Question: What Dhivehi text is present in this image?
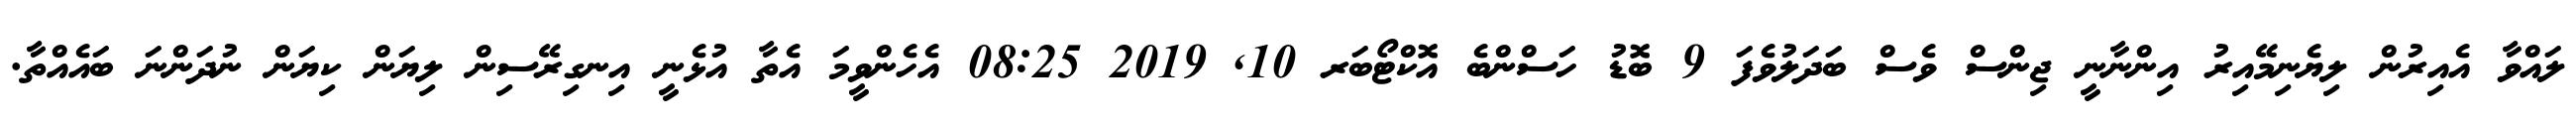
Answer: ލައްވާ އެއިރުން ލިޔެނިމޭއިރު އިންނާނީ ޖިންސް ވެސް ބަދަލުވެފަ 9 ބޮޑު ހަސްންބެ އޮކްޓޯބަރ 10, 2019 08:25 އެހެންވީމަ އެތާ އުޅެނީ އިނގިރޭސިން ލިޔަން ކިޔަން ނުދަންނަ ބައެއްތާ.